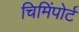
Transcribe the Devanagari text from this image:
चिमिंपोर्ट